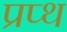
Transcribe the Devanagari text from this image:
प्रप्थ